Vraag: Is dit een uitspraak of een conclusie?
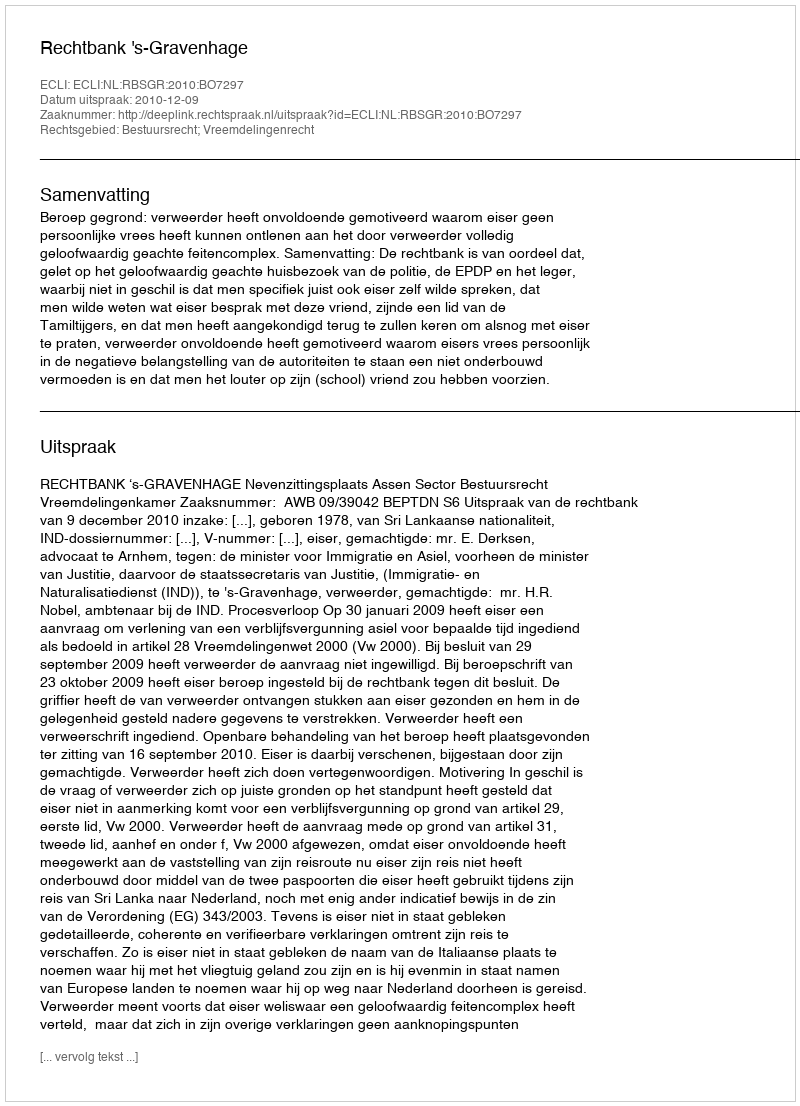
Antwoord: Uitspraak